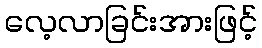
လေ့လာခြင်းအားဖြင့်